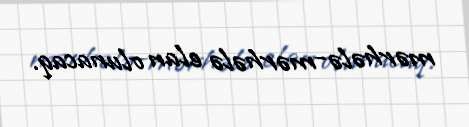
mərhələ-mərhələ elan olunacaq.